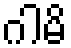
ဂါမိ